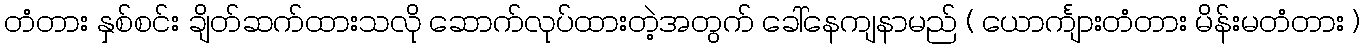
တံတား နှစ်စင်း ချိတ်ဆက်ထားသလို ဆောက်လုပ်ထားတဲ့အတွက် ခေါ်နေကျနာမည် ( ယောင်္ကျားတံတား မိန်းမတံတား )